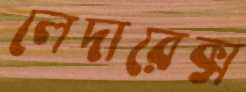
লেদারেক্স